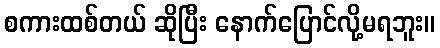
စကားထစ်တယ် ဆိုပြီး နောက်ပြောင်လို့မရဘူး။